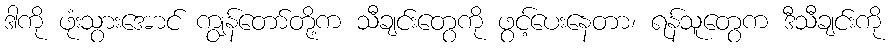
ဒါကို ဖုံးသွားအောင် ကျွန်တော်တို့က သီချင်းတွေကို ဖွင့်ပေးနေတာ၊ ရန်သူတွေက ဒီသီချင်းကို